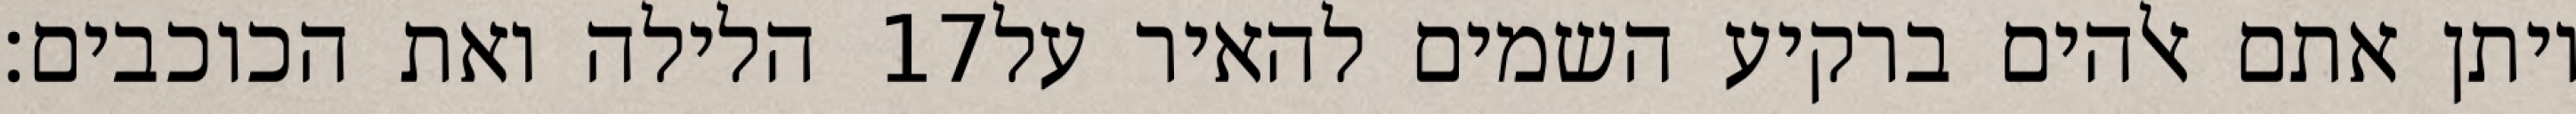
הלילה ואת הכוכבים׃ ‎17‏ ויתן אתם אלהים ברקיע השמים להאיר על